Statistical return of the lunatic asylum in Assam - 1912-1932
Year: 1912
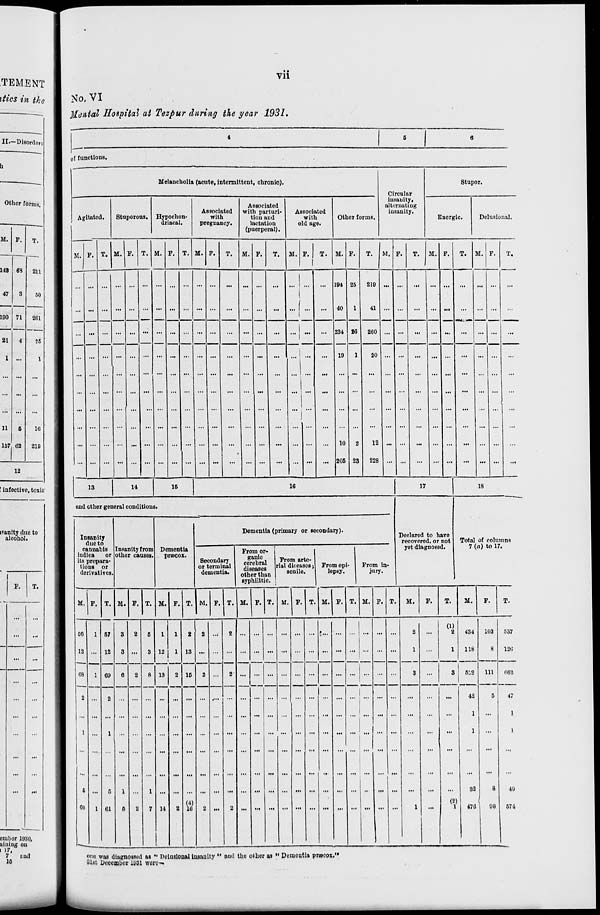
TEMENT
dies in the
II.—Disorder
h
Other forms.
M. P.
T.
143 69
211
47
3
71
50
190
261
21
4
26
1
:
1
11
6
16
157 62
210
12
infective, toxic
inanity duo to
alcohol.
Oinbor 1030,
lining on
• 17,
7
end
16
Vll
No, VI
Mental Hospital at Tezpur during the year 1931.
of functions.
Melancholic i (acute, intermittent, chronic).
Circular
insanity,
alternating
insanity.
Stupor.
Agitated.
Stuporons. Hypoehon-
driacal.
Associated
with
pregnancy.
Associated
with parturi-
tion and
lactation
(puerperal).
Associated
with
old age.
Other forms.
Energic.
Delusional.
M. F. T. M. P. T. M. F. T. M. F. T. M. F. T. M. F. T. M. F. T. M. P. T. M. F. T. M. F. T.
... ... ... ... ... ...
:
... ... ... ...
...
... ...
...
... 1
(
... i
1
...
... 194 2!
40
:
»
210
I
41
... ...
...
... ...
...
...
...
... ... ... ... ... ... ... ... ... ... ...
...
... ...
...
•••!
...
... 234 2 5
260 ... ...
...
... ...
...
... ...
...
... ... ... ... ... ... ... ... ... ... ...
...
... ...
...
...i ... ... 19 1 20 ... ... ... ... ... ... ... ... ...
,.. ... ... ... ... ... ... ... ... ... ...
...
... ...
...
... ...
...
... . .
... ...
...
... ...
...
... ...
...
...
... ... ...
... ...
... ...
... ...
...
...
...
•
...
...
10
205 2
2
12
3
228 ...
...
...
...
...
...
... ...
...
13
14
15
16
17
18
and other general conditions.
Declared to have
recovered, or not
yet diagnosed.
Insanity
due to
cannabis
indica
or
its prepara-
tions or
derivatives.
Insanity from
other causes.
Dementia
prii'cox.
Dementia (primary or secondary).
Total of columns
Secondary
or terminal
dementia.
From or-
ganic
cerebral
diseases
other thai
From arte-
rial diseases ;
senile.
From epi-
lepsy.
From in-
jury.
7 (a) to 17,
syph ilitic
1
M. F. T. M. F. T. M. F. T. M.
T.
50 | 1
12
68
1 69
13
u
15
M)
lti
M.
T. If,
T. M. P. T. M. F. T. M. F. T.
M.
T.
one was diagnossod as " Delusional Insanity " and tho other as " Demontia prwcoi."
81st December mi were-
(1)
2
434
118
s ! 5:2
42
1
1
U
(2)
1
476
98
103
8
111
537
126
063
47
1
1
40
574